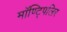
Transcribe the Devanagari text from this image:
मॉण्ट्पिलिर